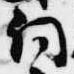
詞